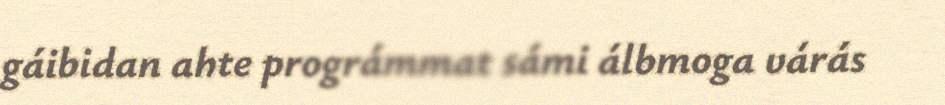
gáibidan ahte prográmmat sámi álbmoga várás